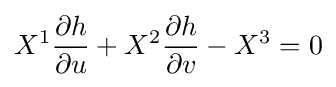
X^{1}{\frac {\partial h}{\partial u}}+X^{2}{\frac {\partial h}{\partial v}}-X^{3}=0